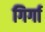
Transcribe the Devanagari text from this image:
गिर्गा